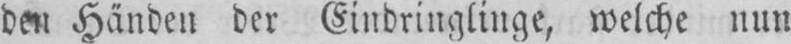
Händen der Eindringlinge, welche nun